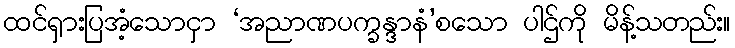
ထင်ရှားပြအံ့သောငှာ ‘အညာဏပက္ခန္ဒာနံ’စသော ပါဌ်ကို မိန့်သတည်း။